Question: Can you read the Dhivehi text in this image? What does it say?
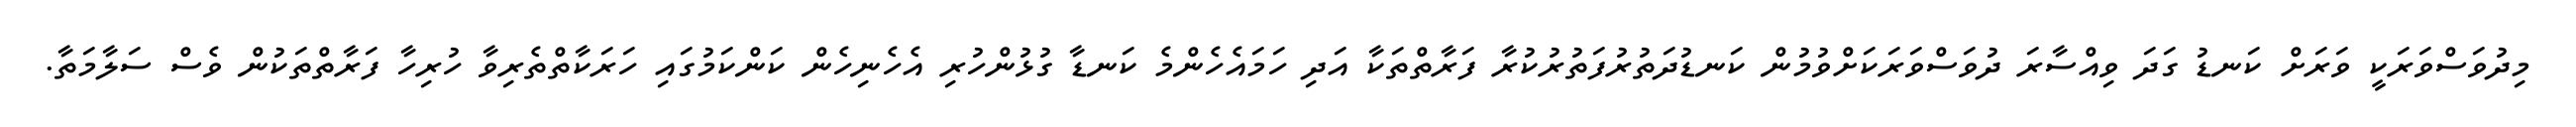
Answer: މިދުވަސްވަރަކީ ވަރަށް ކަނޑު ގަދަ ވިއްސާރަ ދުވަސްވަރަކަށްވުމުން ކަނޑުދަތުރުފަތުރުކުރާ ފަރާތްތަކާ އަދި ހަމައެހެންމެ ކަނޑާ ގުޅުންހުރި އެހެނިހެން ކަންކަމުގައި ހަރަކާތްތެރިވާ ހުރިހާ ފަރާތްތަކުން ވެސް ސަލާމަތާ.